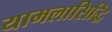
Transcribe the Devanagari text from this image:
यामलासिद्धि